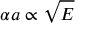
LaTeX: \alpha a \propto { \sqrt { E } }